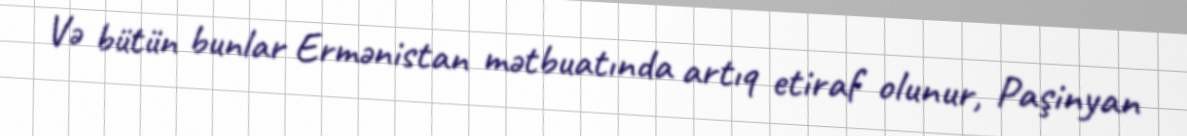
Və bütün bunlar Ermənistan mətbuatında artıq etiraf olunur, Paşinyan